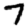
Digit: 7